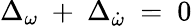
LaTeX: \Delta_{\omega}~+~\Delta_{\dot{\omega}}~=~0